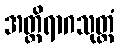
အတ္ထိရာဂသုတ္တံ